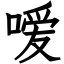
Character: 嗳